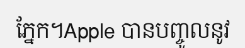
ភ្នែក។Apple បានបញ្ចូលនូវ